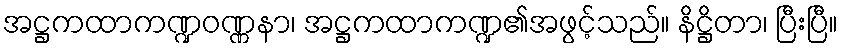
အဋ္ဌကထာကဏ္ဍဝဏ္ဏနာ၊ အဋ္ဌကထာကဏ္ဍ၏အဖွင့်သည်။ နိဋ္ဌိတာ၊ ပြီးပြီ။